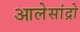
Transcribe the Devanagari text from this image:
आलेसांद्रो